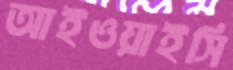
আইওয়াইসি